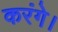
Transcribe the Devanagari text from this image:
करंगे।